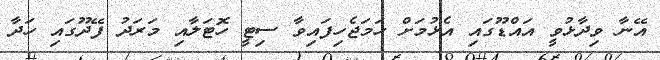
އޭނާ ވިދާޅުވީ އައްޑޫގައި އެޅުމަށް ހަމަޖެހިފައިވާ ސިޓީ ހޮޓަލާއި މަރަދު ފޭދޫގައި ހަދާ